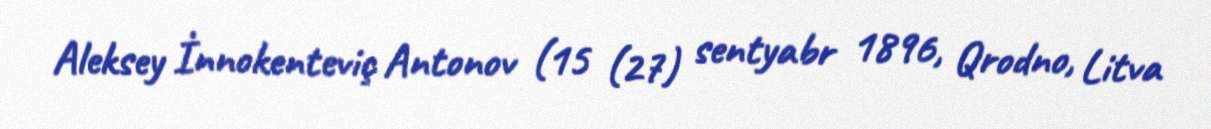
Aleksey İnnokenteviç Antonov (15 (27) sentyabr 1896, Qrodno, Litva